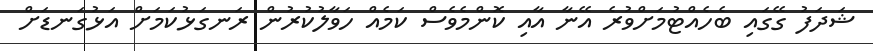
ޝަދަފު ގޭގައި ބެހެއްޓުމަށްވުރެ އޭނާ އާއި ކޮންމެވެސް ކަމެއް ހަވާލުކުރުން ރަނގަޅުކަމަށް އަޅުގަނޑަށް